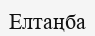
Елтаңба